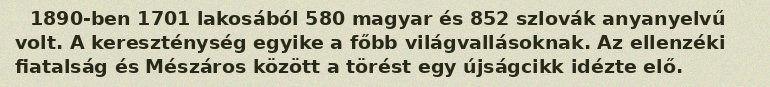
1890-ben 1701 lakosából 580 magyar és 852 szlovák anyanyelvű volt. A kereszténység egyike a főbb világvallásoknak. Az ellenzéki fiatalság és Mészáros között a törést egy újságcikk idézte elő.